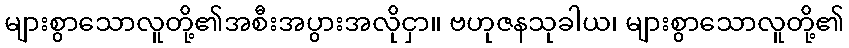
များစွာသောလူတို့၏အစီးအပွားအလိုငှာ။ ဗဟုဇနသုခါယ၊ များစွာသောလူတို့၏